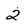
Character: 2